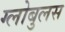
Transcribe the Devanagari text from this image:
ग्लोबुलस